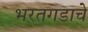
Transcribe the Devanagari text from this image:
भरतगडाचे